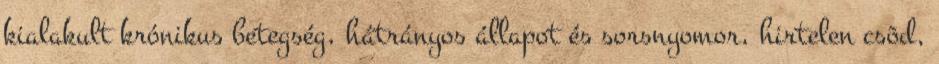
kialakult krónikus betegség, hátrányos állapot és sorsnyomor, hirtelen csõd,